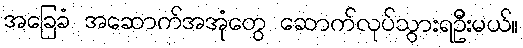
အခြေခံ အဆောက်အအုံတွေ ဆောက်လုပ်သွားရဦးမယ်။